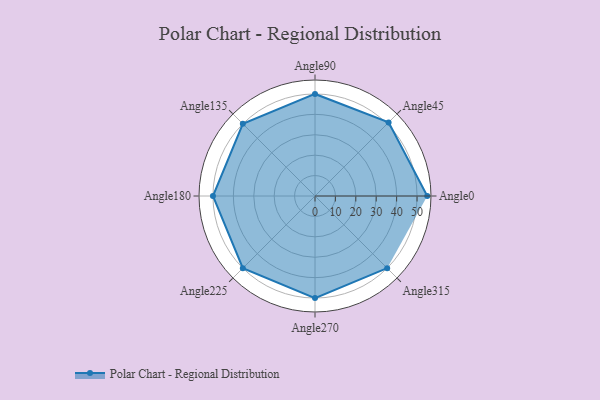
{"axis": {"x": "Angle", "y": "Radius"}, "legend": [""], "data": [{"x": "Angle0", "y": 55.0, "type": ""}, {"x": "Angle45", "y": 51.0, "type": ""}, {"x": "Angle90", "y": 50, "type": ""}, {"x": "Angle135", "y": 50, "type": ""}, {"x": "Angle180", "y": 50, "type": ""}, {"x": "Angle225", "y": 50, "type": ""}, {"x": "Angle270", "y": 50, "type": ""}, {"x": "Angle315", "y": 50, "type": ""}]}